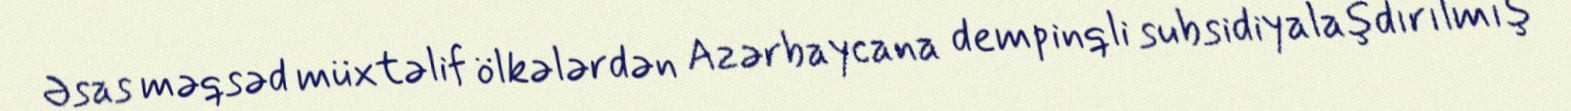
Əsas məqsəd müxtəlif ölkələrdən Azərbaycana dempinqli subsidiyalaşdırılmış